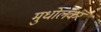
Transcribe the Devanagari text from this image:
मुधोलकर